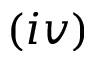
( i v )